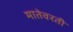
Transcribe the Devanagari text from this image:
मातेवरती